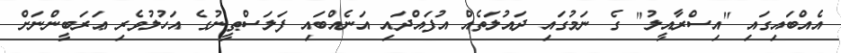
އެއްބައިގައި "އިސްރާއީލު" ގެ ނަމުގައި ދައުލަތެއް އުފައްދައި އަނެއްބައި ފަލަސްޠީނުގެ އަހުލުވެރި ޢަަރަބީންނަށް